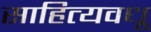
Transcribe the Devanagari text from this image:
साहित्यवधू